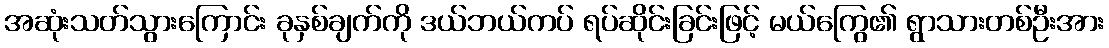
အဆုံးသတ်သွားကြောင်း ခုနှစ်ချက်ကို ဒယ်ဘယ်ကပ် ရပ်ဆိုင်းခြင်းဖြင့် မယ်ကြွေ၏ ရွာသားတစ်ဦးအား